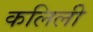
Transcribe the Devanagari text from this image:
कलिली